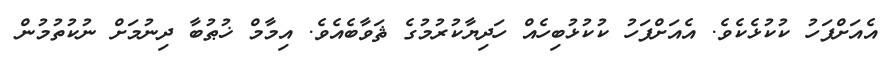
އެއަށްފަހު ކުކުޅެކެވެ. އެއަށްފަހު ކުކުޅުބިހެއް ހަދިޔާކުރުމުގެ ޘަވާބެއެވެ. އިމާމް ޚުޠުބާ ދިނުމަށް ނުކުތުމުން